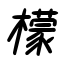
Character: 檬